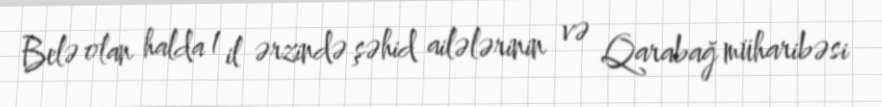
Belə olan halda 1 il ərzində şəhid ailələrinin və Qarabağ müharibəsi